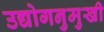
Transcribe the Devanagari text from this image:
उद्योगनुमुखी